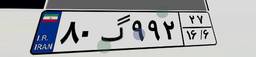
۸۰گ۹۹۲۲۷